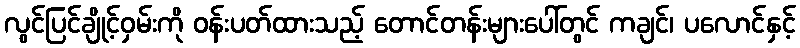
လွင်ပြင်ချိုင့်ဝှမ်းကို ဝန်းပတ်ထားသည့် တောင်တန်းများပေါ်တွင် ကချင်၊ ပလောင်နှင့်